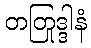
တတြုဒ္ဒါနံ